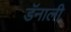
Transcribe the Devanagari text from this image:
डॅनाली